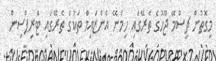
މިގޮތުން ޗިސްމޭ ޖޫހުގެ ތެރޭގައި ހިމެނޭ އެންޒައިމް ތަކުގެ ތެރޭގައި ޓްރިޕްސިން